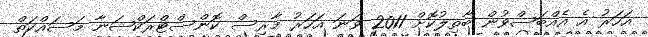
އަހަރު އެ އެއްބަސްވުން ބާތިލުކޮށް 2011 ވަނަ އަހަރު މާރިސް ކޮންސްޓްރަކްޝަނާ މަސައްކަތް